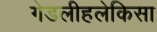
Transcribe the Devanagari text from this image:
गेडलीहलेकिसा